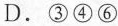
D.③④⑥